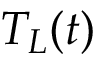
T _ { L } ( t )